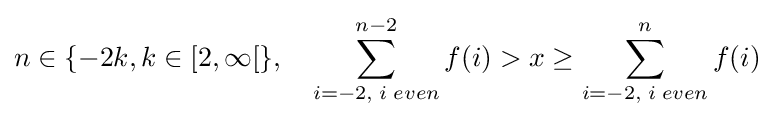
n\in \{-2k,k\in [2,\infty [\},\quad \sum _{i=-2,\;i\;even}^{n-2}f(i)>x\geq \sum _{i=-2,\;i\;even}^{n}f(i)